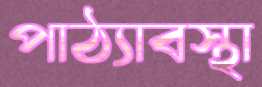
পাঠ্যাবস্থা